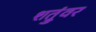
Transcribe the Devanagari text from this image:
शत्रुंवर